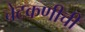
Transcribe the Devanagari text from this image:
चेटकणीची